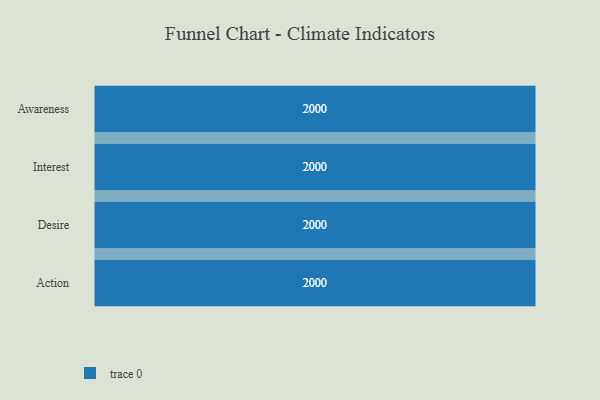
{"axis": {"x": "Stage", "y": "Value"}, "legend": [""], "data": [{"x": "Awareness", "y": 2000, "type": ""}, {"x": "Interest", "y": 2000, "type": ""}, {"x": "Desire", "y": 2000, "type": ""}, {"x": "Action", "y": 2000, "type": ""}]}